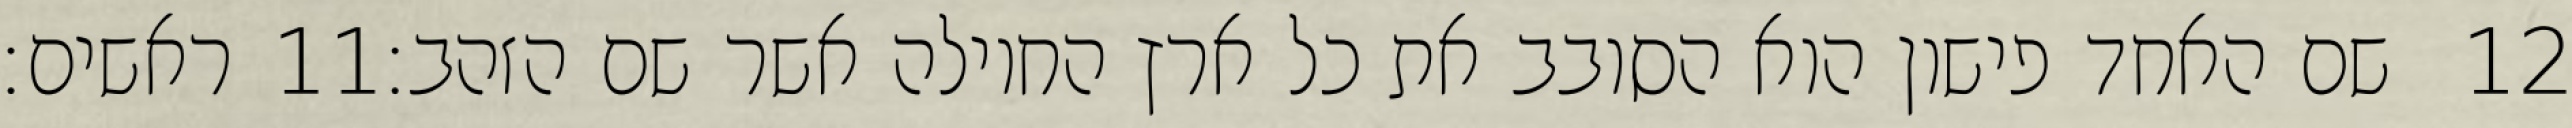
ראשים׃ ‎11‏ שם האחד פישון הוא הסובב את כל ארץ החוילה אשר שם הזהב׃ ‎12‏